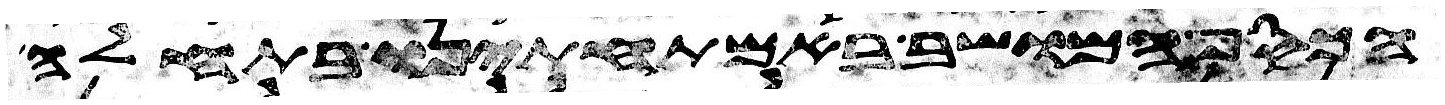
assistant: הכסף המושב באמתחתינו בתחלה